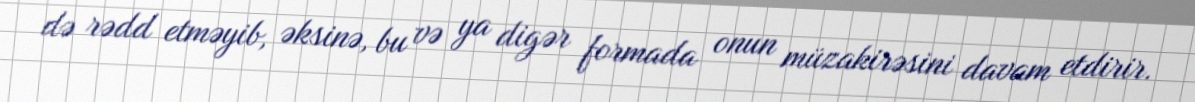
də rədd etməyib, əksinə, bu və ya digər formada onun müzakirəsini davam etdirir.